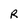
Character: R